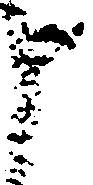
申